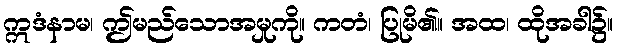
ဣဒံနာမ၊ ဤမည်သောအမှုကို။ ကတံ၊ ပြုမိ၏။ အထ၊ ထိုအခါ၌။